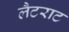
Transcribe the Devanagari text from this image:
लैटराट